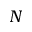
N